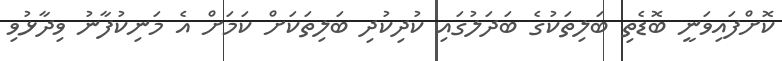
ކޮށްްފައިވަނީ ބޮޑެތި ބަލިތަކުގެ ބަދަލުގައި ކުދިކުދި ބަލިތަކަށް ކަމަށް އެ މަނިކުފާނު ވިދާޅުވި